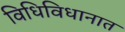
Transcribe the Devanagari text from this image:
विधिविधानात